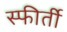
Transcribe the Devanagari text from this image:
स्फीर्ती